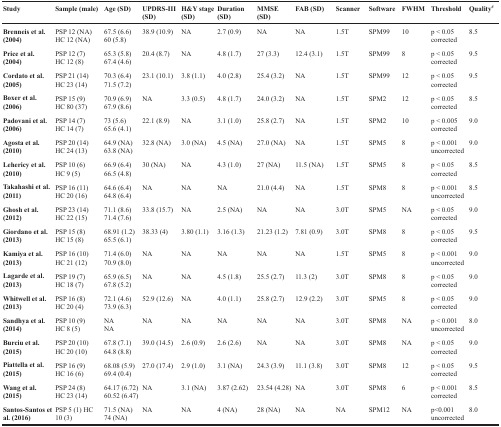
<table><thead><tr><td><b>Study</b></td><td><b>Sample (male)</b></td><td><b>Age (SD)</b></td><td><b>UPDRS-III (SD)</b></td><td><b>H&amp;Y stage (SD)</b></td><td><b>Duration (SD)</b></td><td><b>MMSE (SD)</b></td><td><b>FAB (SD)</b></td><td><b>Scanner</b></td><td><b>Software</b></td><td><b>FWHM</b></td><td><b>Threshold</b></td><td><b>Quality<sup>#</sup></b></td></tr></thead><tbody><tr><td><b>Brenneis et al. (2004)</b></td><td>PSP 12 (NA)HC 12 (NA)</td><td>67.5 (6.6)60 (5.8)</td><td>38.9 (10.9)</td><td>NA</td><td>2.7 (0.9)</td><td>NA</td><td>NA</td><td>1.5T</td><td>SPM99</td><td>10</td><td>p &lt; 0.05corrected</td><td>8.5</td></tr><tr><td><b>Price et al. (2004)</b></td><td>PSP 12 (7)HC 12 (8)</td><td>65.3 (5.8)67.4 (4.6)</td><td>20.4 (8.7)</td><td>NA</td><td>4.8 (1.7)</td><td>27 (3.3)</td><td>12.4 (3.1)</td><td>1.5T</td><td>SPM99</td><td>8</td><td>p &lt; 0.05corrected</td><td>9.5</td></tr><tr><td><b>Cordato et al. (2005)</b></td><td>PSP 21 (14)HC 23 (14)</td><td>70.3 (6.4)71.5 (7.2)</td><td>23.1 (10.1)</td><td>3.8 (1.1)</td><td>4.0 (2.8)</td><td>25.4 (3.2)</td><td>NA</td><td>1.5T</td><td>SPM99</td><td>12</td><td>p &lt; 0.05corrected</td><td>9.5</td></tr><tr><td><b>Boxer et al. (2006)</b></td><td>PSP 15 (9)HC 80 (37)</td><td>70.9 (6.9)67.9 (8.6)</td><td>NA</td><td>3.3 (0.5)</td><td>4.8 (1.7)</td><td>24.0 (3.2)</td><td>NA</td><td>1.5T</td><td>SPM2</td><td>12</td><td>p &lt; 0.05corrected</td><td>8.5</td></tr><tr><td><b>Padovani et al. (2006)</b></td><td>PSP 14 (7)HC 14 (7)</td><td>73 (5.6)65.6 (4.1)</td><td>22.1 (8.9)</td><td>NA</td><td>3.1 (1.0)</td><td>25.8 (2.7)</td><td>NA</td><td>1.5T</td><td>SPM2</td><td>10</td><td>p &lt; 0.005corrected</td><td>9.0</td></tr><tr><td><b>Agosta et al. (2010)</b></td><td>PSP 20 (14)HC 24 (13)</td><td>64.9 (NA)63.8 (NA)</td><td>32.8 (NA)</td><td>3.0 (NA)</td><td>4.5 (NA)</td><td>27.0 (NA)</td><td>NA</td><td>1.5T</td><td>SPM5</td><td>8</td><td>p &lt; 0.001uncorrected</td><td>9.0</td></tr><tr><td><b>Lehericy et al. (2010)</b></td><td>PSP 10 (6)HC 9 (5)</td><td>66.9 (6.4)66.5 (4.8)</td><td>30 (NA)</td><td>NA</td><td>4.3 (1.0)</td><td>27 (NA)</td><td>11.5 (NA)</td><td>1.5T</td><td>SPM5</td><td>8</td><td>p &lt; 0.05corrected</td><td>8.5</td></tr><tr><td><b>Takahashi et al. (2011)</b></td><td>PSP 16 (11)HC 20 (16)</td><td>64.6 (6.4)64.8 (6.4)</td><td>NA</td><td>NA</td><td>NA</td><td>21.0 (4.4)</td><td>NA</td><td>1.5T</td><td>SPM8</td><td>8</td><td>p &lt; 0.001uncorrected</td><td>8.5</td></tr><tr><td><b>Ghosh et al. (2012)</b></td><td>PSP 23 (14)HC 22 (15)</td><td>71.1 (8.6)71.4 (7.6)</td><td>33.8 (15.7)</td><td>NA</td><td>2.5 (NA)</td><td>NA</td><td>NA</td><td>3.0T</td><td>SPM5</td><td>NA</td><td>p &lt; 0.05corrected</td><td>9.0</td></tr><tr><td><b>Giordano et al. (2013)</b></td><td>PSP 15 (8)HC 15 (8)</td><td>68.91 (1.2)65.5 (6.1)</td><td>38.33 (4)</td><td>3.80 (1.1)</td><td>3.16 (1.3)</td><td>21.23 (1.2)</td><td>7.81 (0.9)</td><td>3.0T</td><td>SPM8</td><td>8</td><td>p &lt; 0.05corrected</td><td>9.5</td></tr><tr><td><b>Kamiya et al. (2013)</b></td><td>PSP 16 (10)HC 21 (12)</td><td>71.4 (6.0)70.9 (8.0)</td><td>NA</td><td>NA</td><td>NA</td><td>NA</td><td>NA</td><td>1.5T</td><td>SPM5</td><td>8</td><td>p &lt; 0.001uncorrected</td><td>9.0</td></tr><tr><td><b>Lagarde et al. (2013)</b></td><td>PSP 19 (7)HC 18 (7)</td><td>65.9 (6.5)67.8 (5.2)</td><td>NA</td><td>NA</td><td>4.5 (1.8)</td><td>25.5 (2.7)</td><td>11.3 (2)</td><td>3.0T</td><td>SPM8</td><td>8</td><td>p &lt; 0.05corrected</td><td>9.0</td></tr><tr><td><b>Whitwell et al. (2013)</b></td><td>PSP 16 (8)HC 20 (4)</td><td>72.1 (4.6)73.9 (6.3)</td><td>52.9 (12.6)</td><td>NA</td><td>4.0 (1.1)</td><td>25.8 (2.7)</td><td>12.9 (2.2)</td><td>3.0T</td><td>SPM5</td><td>8</td><td>p &lt; 0.05corrected</td><td>9.0</td></tr><tr><td><b>Sandhya et al. (2014)</b></td><td>PSP 10 (9)HC 8 (5)</td><td>NANA</td><td>NA</td><td>NA</td><td>NA</td><td>NA</td><td>NA</td><td>3.0T</td><td>SPM8</td><td>NA</td><td>p &lt; 0.001uncorrected</td><td>8.0</td></tr><tr><td><b>Burciu et al. (2015)</b></td><td>PSP 20 (10)HC 20 (10)</td><td>67.8 (7.1)64.8 (8.8)</td><td>39.0 (14.5)</td><td>2.6 (0.9)</td><td>2.6 (2.6)</td><td>NA</td><td>NA</td><td>3.0T</td><td>SPM8</td><td>NA</td><td>p &lt; 0.05corrected</td><td>9.0</td></tr><tr><td><b>Piattella et al. (2015)</b></td><td>PSP 16 (9)HC 16 (6)</td><td>68.08 (5.9)69.4 (0.4)</td><td>27.0 (17.4)</td><td>2.9 (1.0)</td><td>3.1 (NA)</td><td>24.3 (3.9)</td><td>11.1 (3.8)</td><td>3.0T</td><td>SPM8</td><td>12</td><td>p &lt; 0.05corrected</td><td>9.5</td></tr><tr><td><b>Wang et al. (2015)</b></td><td>PSP 24 (8)HC 23 (14)</td><td>64.17 (6.72)60.52 (6.47)</td><td>NA</td><td>3.1 (NA)</td><td>3.87 (2.62)</td><td>23.54 (4.28)</td><td>NA</td><td>3.0T</td><td>SPM8</td><td>6</td><td>p &lt; 0.001corrected</td><td>8.5</td></tr><tr><td><b>Santos-Santos et al. (2016)</b></td><td>PSP 5 (1) HC 10 (3)</td><td>71.5 (NA)74 (NA)</td><td>NA</td><td>NA</td><td>4 (NA)</td><td>28 (NA)</td><td>NA</td><td>NA</td><td>SPM12</td><td>NA</td><td>p&lt;0.001uncorrected</td><td>8.0</td></tr></tbody></table>